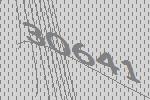
30641